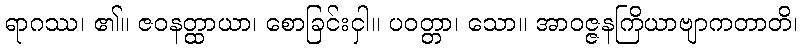
ရာဂဿ၊ ၏။ ဇဝနတ္ထာယာ၊ စောခြင်းငှါ။ ပဝတ္တာ၊ သော။ အာဝဇ္ဇနကြိယာဗျာကတာတိ၊